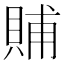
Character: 䝵